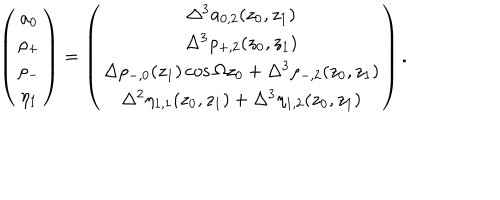
\left( \begin{array} { c } { { a _ { 0 } } } \\ { { \rho _ { + } } } \\ { { \rho _ { - } } } \\ { { \eta _ { 1 } } } \\ \end{array} \right) = \left( \begin{array} { c } { { \Delta ^ { 3 } a _ { 0 , 2 } ( z _ { 0 } , z _ { 1 } ) } } \\ { { \Delta ^ { 3 } \rho _ { + , 2 } ( z _ { 0 } , z _ { 1 } ) } } \\ { { \Delta \rho _ { - , 0 } ( z _ { 1 } ) \cos \Omega z _ { 0 } + \Delta ^ { 3 } \rho _ { - , 2 } ( z _ { 0 } , z _ { 1 } ) } } \\ { { \Delta ^ { 2 } \eta _ { 1 , 1 } ( z _ { 0 } , z _ { 1 } ) + \Delta ^ { 3 } \eta _ { 1 , 2 } ( z _ { 0 } , z _ { 1 } ) } } \\ \end{array} \right) .